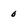
Character: o